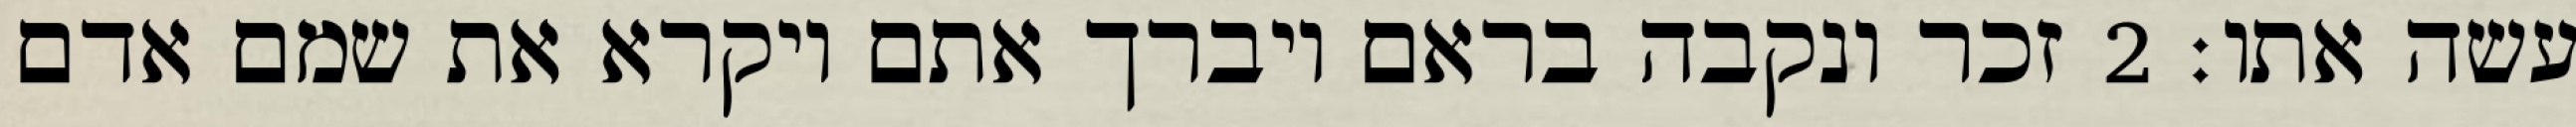
עשה אתו׃ ‎2‏ זכר ונקבה בראם ויברך אתם ויקרא את שמם אדם